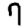
Digit: 7